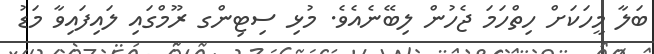
ބަލާ މީހަކަށް ހިތްހަމަ ޖެހުން ލިބޭނެއެވެ. މުޅި ސިޓިންގ ރޫމްގައި ލައިފައިވާ މަޑު